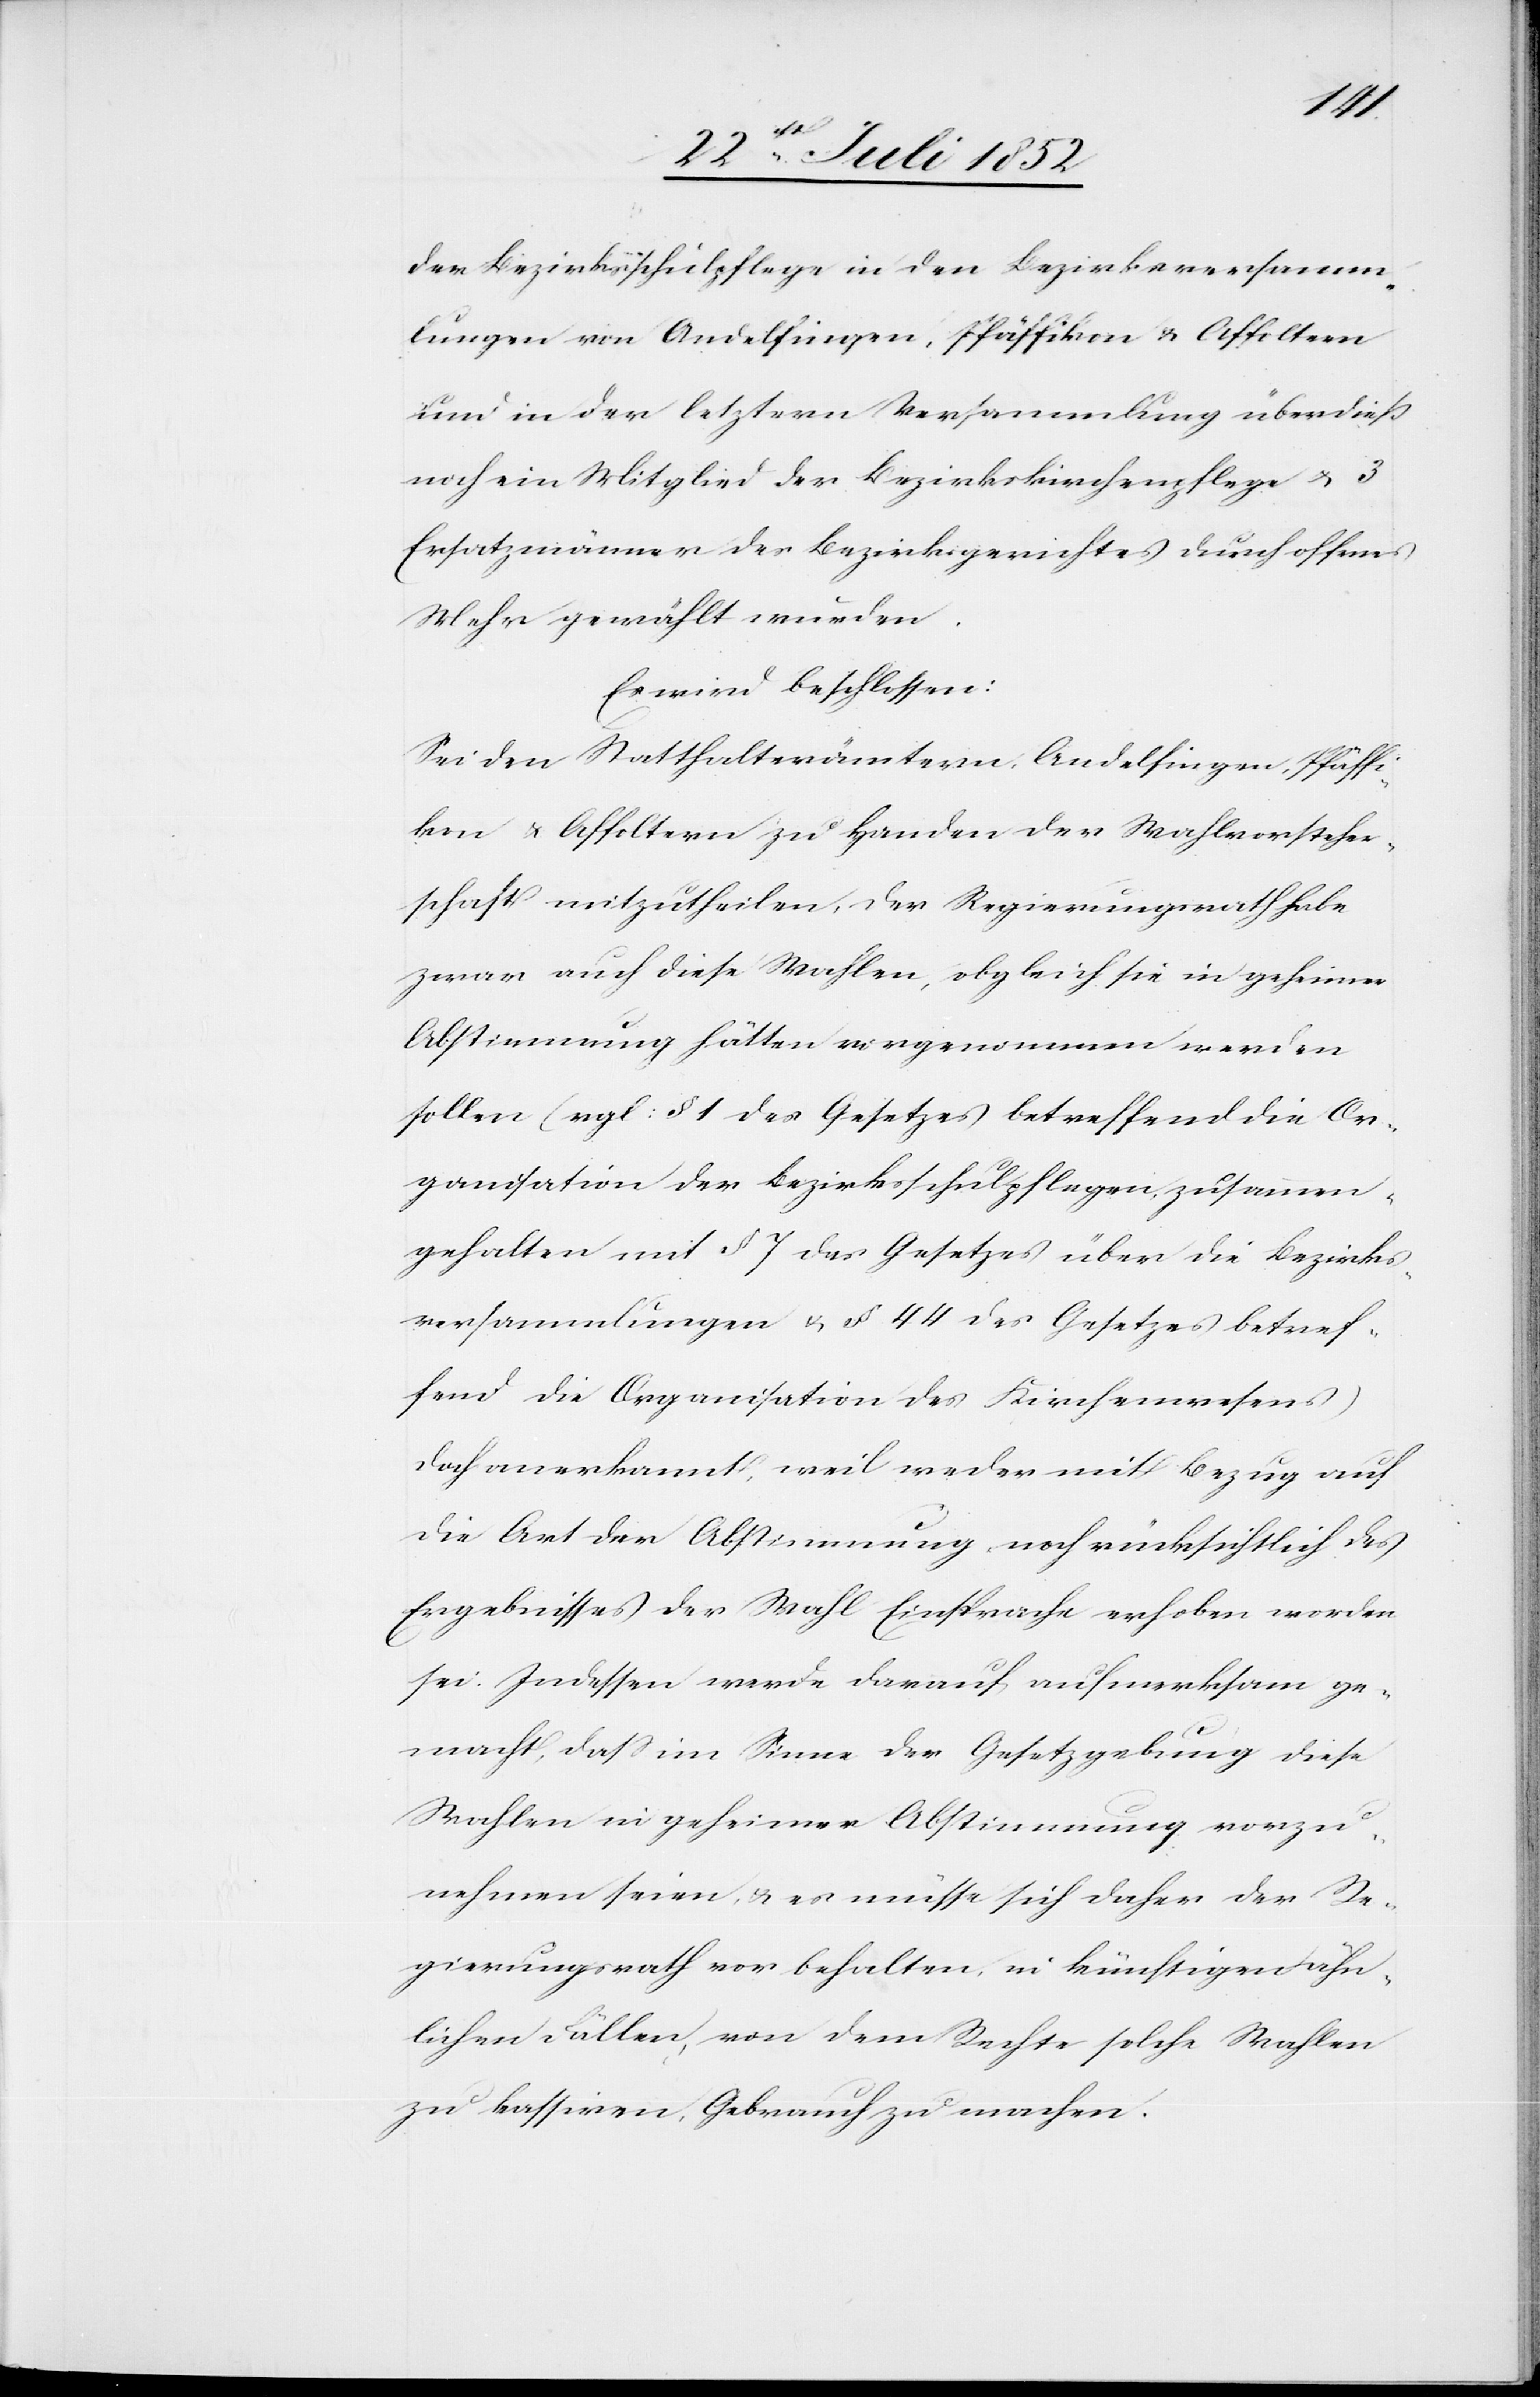
der Bezirksschulpflege in den Bezirksversamm¬
lungen von Andelfingen, Pfäffikon & Affoltern
und in der letztern Versammlung überdieß
noch ein Mitglied der Bezirkskirchenpflege & 3
Ersatzmänner des Bezirksgerichtes durch offenes
Mehr gewählt wurden.
Es wird beschlossen:
Sei den Statthalterämtern Andelfingen, Pfäffi¬
kon & Affoltern zu Handen der Wahlvorsteher¬
schaft mitzutheilen, der Regierungsrath habe
zwar auch diese Wahlen, obgleich sie in geheimer
Abstimmung hätten vorgenommen werden
sollen (vgl: § 1 des Gesetzes betreffend die Or¬
ganisation der Bezirksschulpflegen, zusammen¬
gehalten mit § 7 des Gesetzes über die Bezirks¬
versammlungen & § 44 des Gesetzes betref¬
fend die Organisation des Kirchenwesens)
doch anerkannt, weil weder mit Bezug auf
die Art der Abstimmung noch rücksichtlich des
Ergebnisses der Wahl Einsprache erhoben worden
sei. Indessen werde darauf aufmerksam ge¬
macht, dass im Sinne der Gesetzgebung diese
Wahlen in geheimer Abstimmung vorzu¬
nehmen seien, & es müsse sich daher der Re¬
gierungsrath vor behalten, in künftigen ähn¬
lichen Fällen, von dem Rechte solche Wahlen
zu kassiren, Gebrauch zu machen.